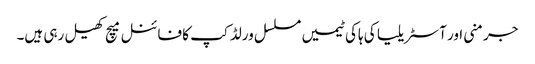
جرمنی اور آسٹریلیا کی ہاکی ٹیمیں مسلسل ورلڈ کپ کا فائنل میچ کھیل رہی ہیں۔